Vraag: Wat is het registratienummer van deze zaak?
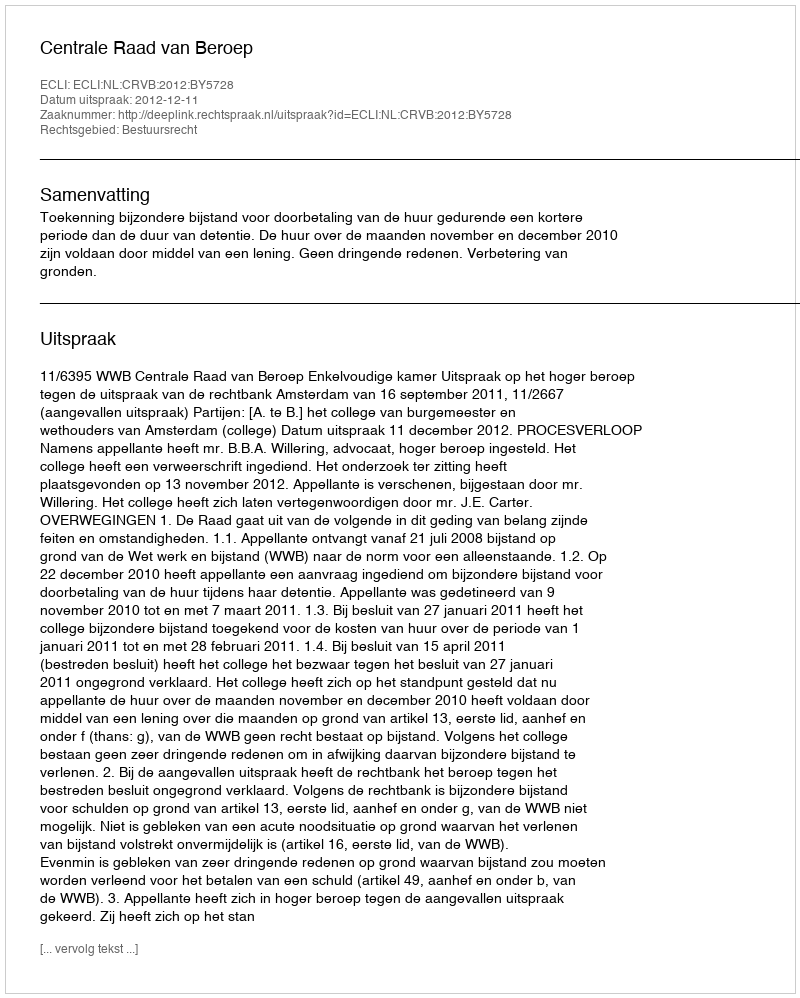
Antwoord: http://deeplink.rechtspraak.nl/uitspraak?id=ECLI:NL:CRVB:2012:BY5728